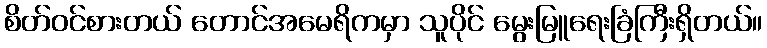
စိတ်ဝင်စားတယ် တောင်အမေရိကမှာ သူပိုင် မွေးမြူရေးခြံကြီးရှိတယ်။